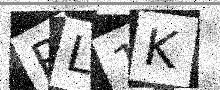
Text: RL1K